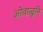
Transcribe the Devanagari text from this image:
ओवाळुनि